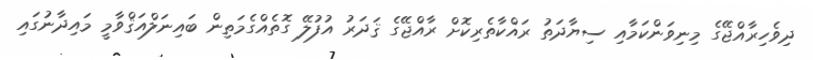
ދިވެހިރާއްޖޭގެ މިނިވަންކަމާއި ސިޔާދަތު ރައްކާތެރިކޮށް ރާއްޖޭގެ ޤަދަރު އުފުލޭ ގޮތެއްގެމަތިން ބައިނަލްއަޤްވާމީ މައިދާނުގައި